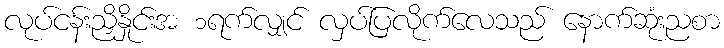
လုပ်ငန်းညှိနှိုင်းအ ၁ရက်လျှင် လှပ်ပြလိုက်လေသည် နောက်ဆုံးညစာ